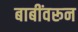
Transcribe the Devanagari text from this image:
बाबींवरून